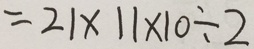
= 2 1 \times 1 1 \times 1 0 \div 2